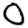
Digit: 0